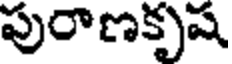
పురాణకృష